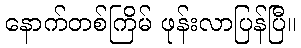
နောက်တစ်ကြိမ် ဖုန်းလာပြန်ပြီ။